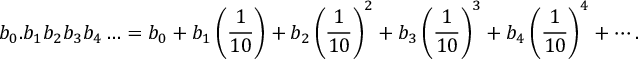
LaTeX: b _ { 0 } . b _ { 1 } b _ { 2 } b _ { 3 } b _ { 4 } \ldots = b _ { 0 } + b _ { 1 } \left( { \frac { 1 } { 1 0 } } \right) + b _ { 2 } \left( { \frac { 1 } { 1 0 } } \right) ^ { 2 } + b _ { 3 } \left( { \frac { 1 } { 1 0 } } \right) ^ { 3 } + b _ { 4 } \left( { \frac { 1 } { 1 0 } } \right) ^ { 4 } + \cdots .